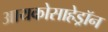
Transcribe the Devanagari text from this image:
आयकोसाहेड्रॉन